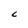
Character: C